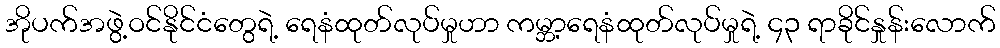
အိုပက်အဖွဲ့ဝင်နိုင်ငံတွေရဲ့ ရေနံထုတ်လုပ်မှုဟာ ကမ္ဘာ့ရေနံထုတ်လုပ်မှုရဲ့ ၄၃ ရာခိုင်နှုန်းလောက်